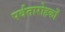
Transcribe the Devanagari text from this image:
पर्वतारोहकों